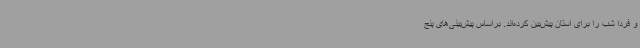
و فردا شب را برای استان پیش‌بین کرده‌اند. براساس پیش‌بینی‌های پنج